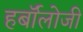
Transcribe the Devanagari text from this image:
हर्बॉलोजी